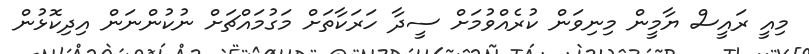
މިއީ ރައީސް ޔާމީން މިނިވަން ކުރެއްވުމަށް ސީދާ ހަރަކާތަށް މަގުމައްޗަށް ނުކުންނަން އިދިކޮޅުން